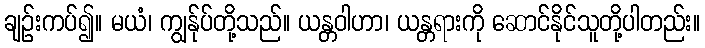
ချဉ်းကပ်၍။ မယံ၊ ကျွန်ုပ်တို့သည်။ ယန္တဝါဟာ၊ ယန္တရားကို ဆောင်နိုင်သူတို့ပါတည်း။